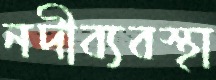
নদীব্যবস্থা